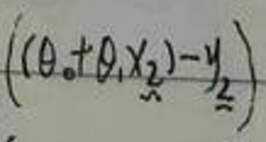
$((\theta_0 + \theta_1 x_{\underline{2}})-y_{\underline{2}})$